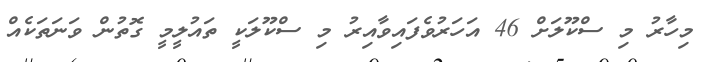
މިހާރު މި ސްކޫލަށް 46 އަހަރުވެފައިވާއިރު މި ސްކޫލަކީ ތައުލީމީ ގޮތުން ވަނަތަކެއް